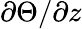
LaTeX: \partial\Theta/\partial z